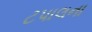
ટપાલના